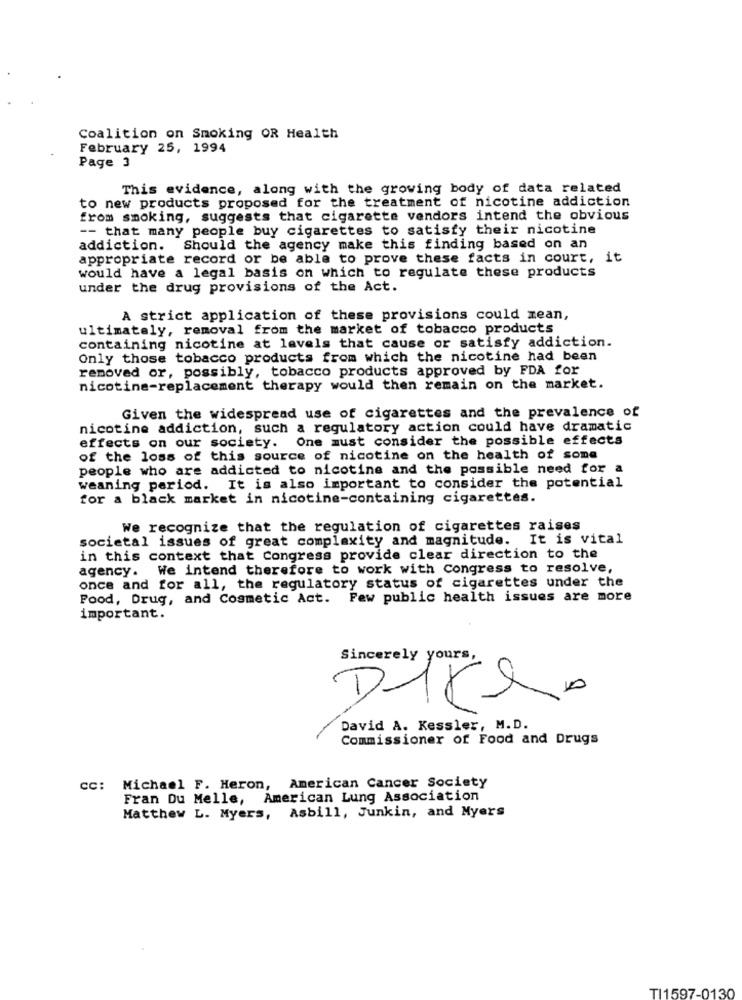
Coalition on Smoking OR Health
February 25, 1994
Page 3
This evidence, along with the growing body of data related
to new products proposed for the treatment of nicotine addiction
from smoking, suggests that cigarette vendors intend the obvious
-- that many people buy cigarettes to satisfy their nicotine
addiction. Should the agency make this finding based on an
appropriate record or be able to prove these facts in court, it
would have a legal basis on which to regulate these products
under the drug provisions of the Act.
A strict application of these provisions could mean,
ultimately, removal from the market of tobacco products
containing nicotine at levels that cause or satisfy addiction.
Only those tobacco products from which the nicotine had been
removed or, possibly, tobacco products approved by FDA for
nicotine-replacement therapy would then remain on the market.
Given the widespread use of cigarettes and the prevalence of
nicotine addiction, such a regulatory action could have dramatic
effects on our society. One must consider the possible effects
of the loss of this source of nicotine on the health of some
people who are addicted to nicotine and the possible need for a
weaning period. It is also important to consider the potential
for a black market in nicotine-containing cigarettes.
We recognize that the regulation of cigarettes raises
societal issues of great complexity and magnitude. It is vital
in this context that Congress provide clear direction to the
agency. We intend therefore to work with Congress to resolve,
once and for all, the regulatory status of cigarettes under the
Pood, Drug, and Cosmetic Act. Few public health issues are more
important.
1
Sincerely yours,
-
--
David A. Kessler, M.D.
Commissioner of Food and Drugs
cc: Michael F. Heron, American Cancer Society
Fran Du Melle, American Lung Association
Matthew L. Myers, Asbill, Junkin, and Myers
TI1597-0130